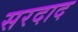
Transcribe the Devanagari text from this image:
सरदाद